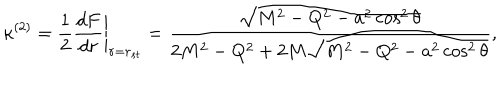
\left. \kappa ^ { ( 2 ) } = \frac { 1 } { 2 } \frac { d F } { d r } \right| _ { r = r _ { s t } } = \frac { \sqrt { M ^ { 2 } - Q ^ { 2 } - a ^ { 2 } \cos ^ { 2 } \theta } } { 2 M ^ { 2 } - Q ^ { 2 } + 2 M \sqrt { M ^ { 2 } - Q ^ { 2 } - a ^ { 2 } \cos ^ { 2 } \theta } } ,